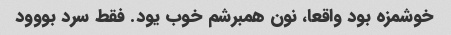
خوشمزه بود واقعا، نون همبرشم خوب یود. فقط سرد بووود